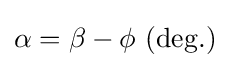
\alpha =\beta -\phi \ \mathrm {(deg.)}